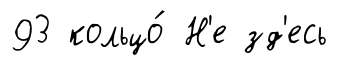
93 кольцо́ Н'е зд'есь